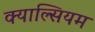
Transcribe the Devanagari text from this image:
क्याल्सियम